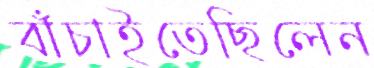
বাঁচাইতেছিলেন